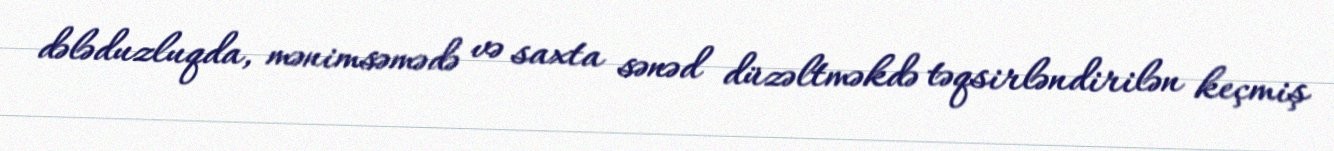
dələduzluqda, mənimsəmədə və saxta sənəd düzəltməkdə təqsirləndirilən keçmiş